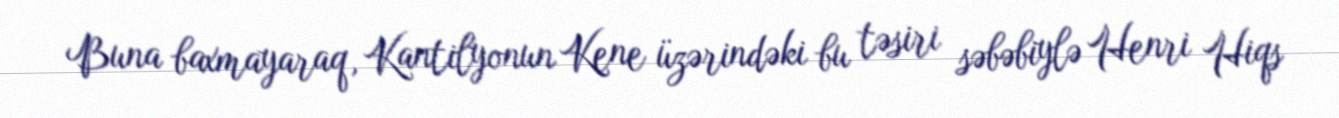
Buna baxmayaraq, Kantilyonun Kene üzərindəki bu təsiri səbəbiylə Henri Hiqs